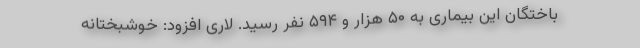
باختگان این بیماری به ۵۰ هزار و ۵۹۴ نفر رسید. لاری افزود: خوشبختانه